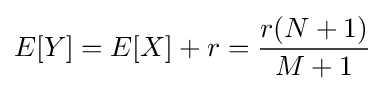
E[Y]=E[X]+r={\frac {r(N+1)}{M+1}}